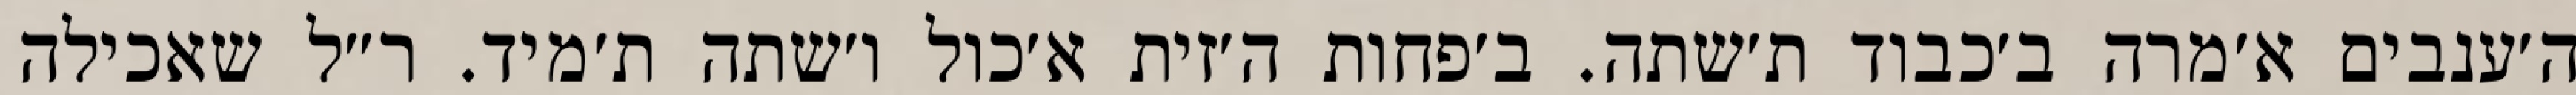
ה׳ענבים א׳מרה ב׳כבוד ת׳שתה. ב׳פחות ה׳זית א׳כול ו׳שתה ת׳מיד. ר״ל שאכילה